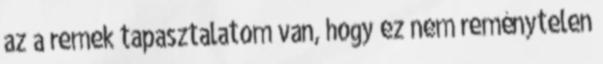
az a remek tapasztalatom van, hogy ez nem reménytelen